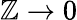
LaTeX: \mathbb{Z}\rightarrow0